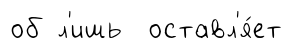
об л'ишь оставл'я́ет